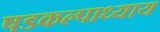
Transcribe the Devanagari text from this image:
षडकल्पाध्याय